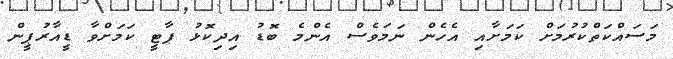
މަސައްކަތްކުރުމަށް ކަމަށާއި އެހެން ނަމަވެސް އެންމެ ބޮޑު އިދިކޮޅު ޕާޓީ ކަމަށްވާ ޑީއާރުޕީން